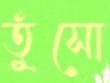
তুঁসো